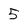
Character: 5